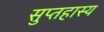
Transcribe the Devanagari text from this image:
सुप्तहास्य